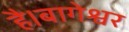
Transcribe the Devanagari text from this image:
है।बागेश्वर